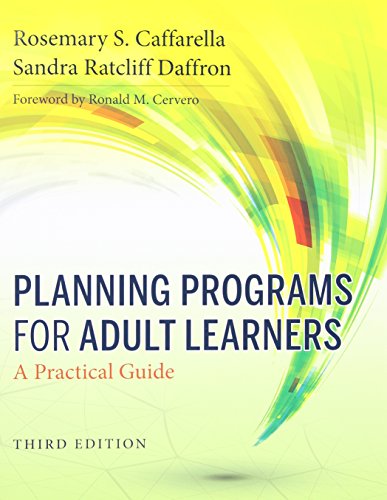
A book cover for Planning Programs for Adult Learners: A Practical Guide; Rosemary S. Caffarella; Education & Teaching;